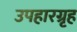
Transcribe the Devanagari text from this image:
उपहारग्रृह